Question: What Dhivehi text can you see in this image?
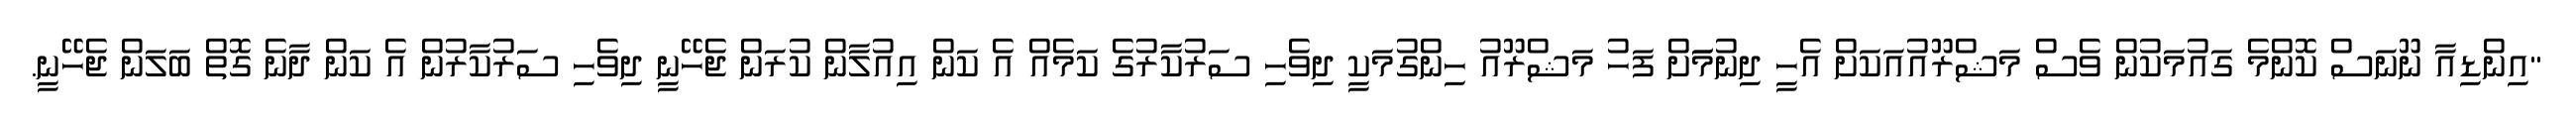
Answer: "އިންޑިއާ ނޫނަސް ކޮންމެ ގައުމަކުން ވެސް މަޝްރޫއުއަކަށް އެހީ ދިނުމަަށް ފަހު މަޝްރޫއު ހިންގުމަކީ ދިވެހި ސަރުކާރުގެ ކަމެއް އެ ކަން އިއުލާން ކުރަން ޖެހޭނީ ދިވެހި ސަރުކާރުން އެ ކަން ދާނެ ގޮތް ބަލަން ޖެހޭނީ.